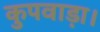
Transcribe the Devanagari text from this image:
कुपवाड़ा।